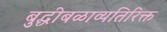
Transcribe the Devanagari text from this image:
बुद्धीबळाव्यतिरिक्त